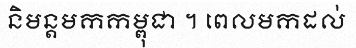
និមន្តមកកម្ពុជា ។ ពេលមកដល់